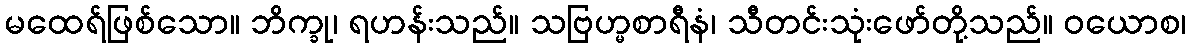
မထေရ်ဖြစ်သော။ ဘိက္ခု၊ ရဟန်းသည်။ သဗြဟ္မစာရီနံ၊ သီတင်းသုံးဖော်တို့သည်။ ဝယောစ၊